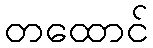
တထောင်